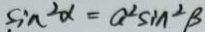
\sin ^ { 2 } \alpha = a ^ { 2 } \sin ^ { 2 } B